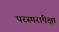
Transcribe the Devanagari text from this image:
परस्परांपेक्षा